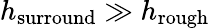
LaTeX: h_{\mathrm{{surround}}}\gg h_{\mathrm{{rough}}}